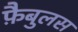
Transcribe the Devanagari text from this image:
फ़ैबुलस